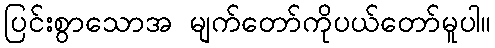
ပြင်းစွာသောအ မျက်တော်ကိုပယ်တော်မူပါ။